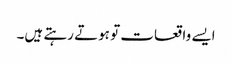
ایسے واقعات تو ہوتے رہتے ہیں۔